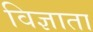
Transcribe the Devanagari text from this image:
विज्ञाता